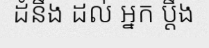
ដំនឹង ដល់ អ្នក ប្តឹង